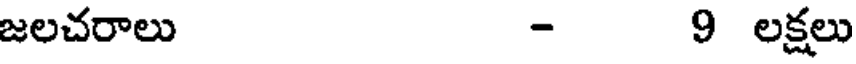
జలచరాలు - 9 లక్షలు